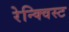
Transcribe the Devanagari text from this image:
रेन्क्विस्ट